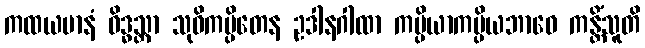
ကထယမာနံ ဝိဒ္ဓသ္တာ သုဝိကပ္ပိတေန ဥဒါနဂါထာ ကပ္ပိယာကပ္ပိယဘာဝေ ကန္တိံသူတိ